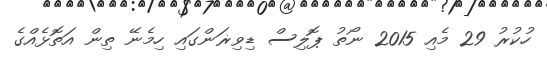
ހުކުރު 29 މެއި 2015 ނޯތު ޕޮލިސް ޑިވިޜަންގައި ހިމެނޭ ތިން އަތޮޅެއްގެ